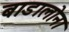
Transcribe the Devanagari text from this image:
बाडालोना